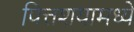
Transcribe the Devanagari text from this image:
पित्तशयामध्ये